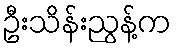
ဦးသိန်းညွန့်က